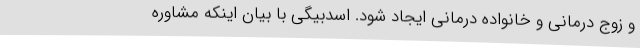
و زوج درمانی و خانواده درمانی ایجاد شود. اسدبیگی با بیان اینکه مشاوره